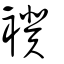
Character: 𥜥